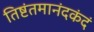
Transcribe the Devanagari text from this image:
तिष्टंतमानंदकंदं